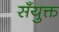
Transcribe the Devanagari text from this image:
सँयुक्त